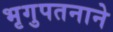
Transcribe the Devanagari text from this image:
भृगुपतनाने